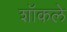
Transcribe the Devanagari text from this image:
शॉकले